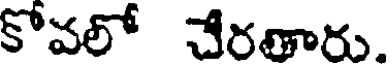
కోవలో చేరతారు.